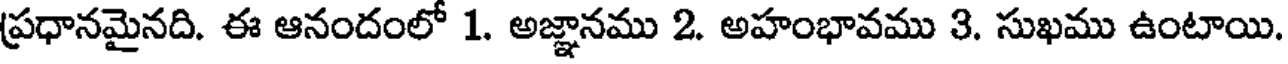
ప్రధానమైనది. ఈ ఆనందంలో 1. అజ్ఞానము 2. అహంభావము 3. సుఖము ఉంటాయి.